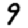
Digit: 9